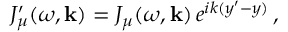
J _ { \mu } ^ { \prime } ( \omega , { \bf k } ) = J _ { \mu } ( \omega , { \bf k } ) \, e ^ { i k ( y ^ { \prime } - y ) } \, ,